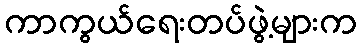
ကာကွယ်ရေးတပ်ဖွဲ့များက